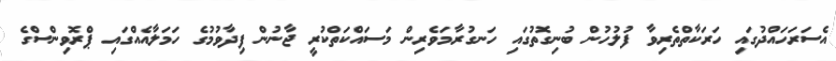
އެސަރަހައްދުގައި ހަރަކާތްތެރިވާ ފުލުހުން ބުނިގޮތުގައި ހަނގުރާމަވެރިން މަސައްކަތްކުރީ ޖާނުން ފިދާވުމުގެ ހަމަލާއެއްގައި ޕްރޮވިންސްގެ